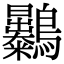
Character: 𪈚